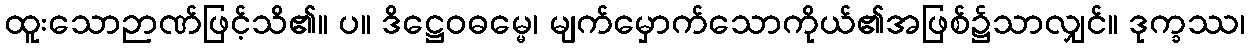
ထူးသောဉာဏ်ဖြင့်သိ၏။ ပ။ ဒိဋ္ဌေဝဓမ္မေ၊ မျက်မှောက်သောကိုယ်၏အဖြစ်၌သာလျှင်။ ဒုက္ခဿ၊